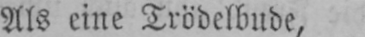
Als eine Trödelbude,